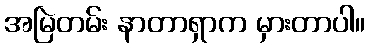
အမြဲတမ်း နာတာရှာက မှားတာပါ။